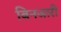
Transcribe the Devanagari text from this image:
बिनजारी